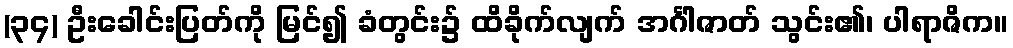
(၃၄) ဦးခေါင်းပြတ်ကို မြင်၍ ခံတွင်း၌ ထိခိုက်လျက် အင်္ဂါဇာတ် သွင်း၏၊ ပါရာဇိက။